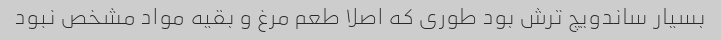
بسیار ساندویچ ترش بود طوری که اصلا طعم مرغ و بقیه مواد مشخص نبود